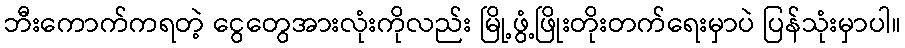
ဘီးကောက်ကရတဲ့ ငွေတွေအားလုံးကိုလည်း မြို့ဖွံ့ဖြိုးတိုးတက်ရေးမှာပဲ ပြန်သုံးမှာပါ။